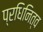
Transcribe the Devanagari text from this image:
प्रधिनित्व